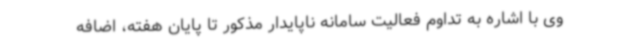
وی با اشاره به تداوم فعالیت سامانه ناپایدار مذکور تا پایان هفته، اضافه